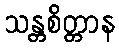
သန္တစိတ္တာန